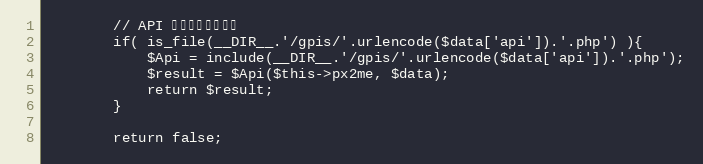
Language: PHP
		// API をロードして実行
		if( is_file(__DIR__.'/gpis/'.urlencode($data['api']).'.php') ){
			$Api = include(__DIR__.'/gpis/'.urlencode($data['api']).'.php');
			$result = $Api($this->px2me, $data);
			return $result;
		}

		return false;